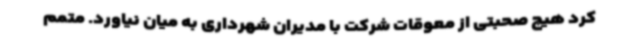
کرد هیچ صحبتی از معوقات شرکت با مدیران شهرداری به میان نیاورد. متمم